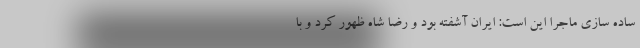
ساده سازی ماجرا این است: ایران آشفته بود و رضا شاه ظهور کرد و با